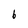
Character: 6